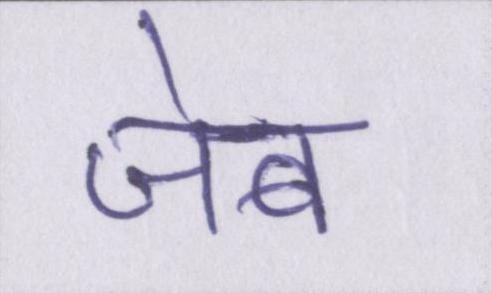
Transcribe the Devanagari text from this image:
जेब